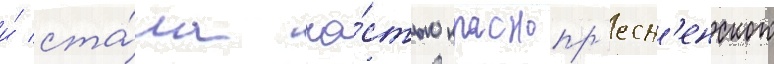
и́ ста́ла ча́стью краснопр'есн'енского